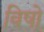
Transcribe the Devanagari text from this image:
विषो